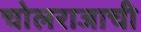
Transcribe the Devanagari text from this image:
चोलराजाची